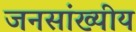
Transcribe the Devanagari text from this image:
जनसांख्यीय